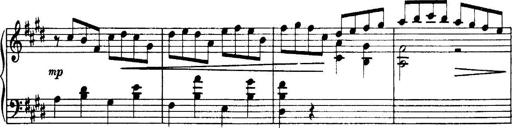
Title: 3 Sonatinas, Op.67
Composer: Jean Sibelius